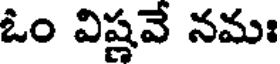
ఓం విష్ణవే నమః